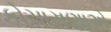
કોચાસણાએ